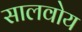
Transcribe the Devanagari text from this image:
सालवोय